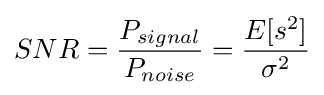
SNR={\frac {P_{signal}}{P_{noise}}}={\frac {E[s^{2}]}{\sigma ^{2}}}